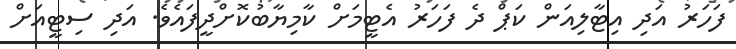
ފަހަރު އަދި އިޓާލިއަން ކަޕް ދެ ފަހަރު އެޓީމަށް ކާމިޔާބުކޮށްދީފައެވެ. އަދި ސިޓީއަށް